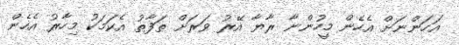
އަހަންނަށް އެހެން މީހުންނާ ރާޔާ އޭރު ވަރަށް ތަފާތު އެކަމަކު މިހާރު އެހެން